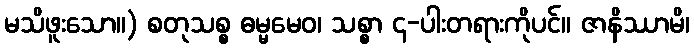
မသိဖူးသော။) စတုသစ္စ ဓမ္မမေဝ၊ သစ္စာ ၄-ပါးတရားကိုပင်။ ဇာနိဿာမိ၊